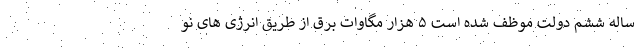
ساله ششم دولت موظف شده است ۵ هزار مگاوات برق از طریق انرژی های نو